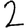
Digit: 2